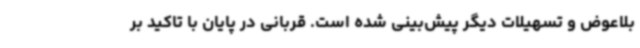
بلاعوض و تسهیلات دیگر پیش‌بینی شده است. قربانی در پایان با تاکید بر